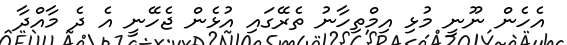
އެހެން ނޫނީ މުޅި އިމްތިހާނު ތެރޭގައި އުޅެން ޖެހޭނީ އެ ދެ މާއްދާ